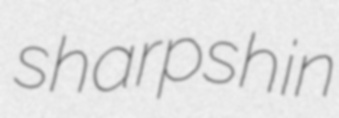
sharpshin